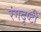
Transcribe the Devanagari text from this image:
रंगदृष्टी